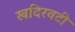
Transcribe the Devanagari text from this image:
खदिरवटी